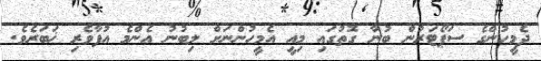
ދެމީހުންގެ ސަޕޯޓަރުން ބުނާ ގޮތުގައި މިއީ އެމީހުންނަށް ލިބުނު އެންމެ އުފާވެރި ޚަބަރެވެ.